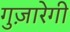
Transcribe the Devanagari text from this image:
गुज़ारेगी